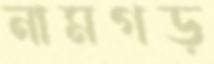
নামগড়